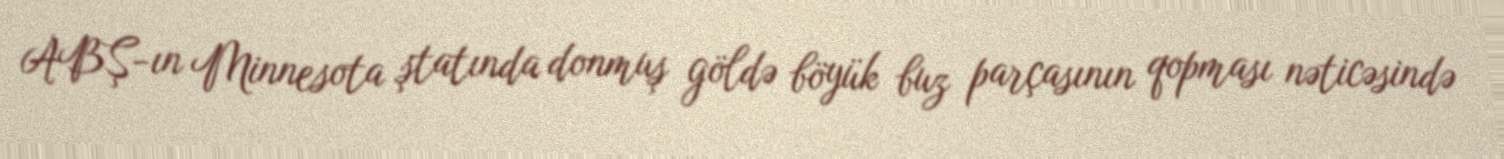
ABŞ-ın Minnesota ştatında donmuş göldə böyük buz parçasının qopması nəticəsində